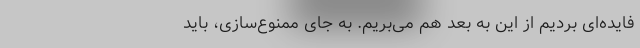
فایده‌ای بردیم از این به بعد هم می‌بریم. به جای ممنوع‌سازی، باید